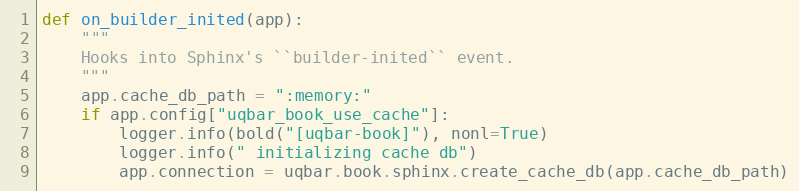
Language: Python
def on_builder_inited(app):
    """
    Hooks into Sphinx's ``builder-inited`` event.
    """
    app.cache_db_path = ":memory:"
    if app.config["uqbar_book_use_cache"]:
        logger.info(bold("[uqbar-book]"), nonl=True)
        logger.info(" initializing cache db")
        app.connection = uqbar.book.sphinx.create_cache_db(app.cache_db_path)